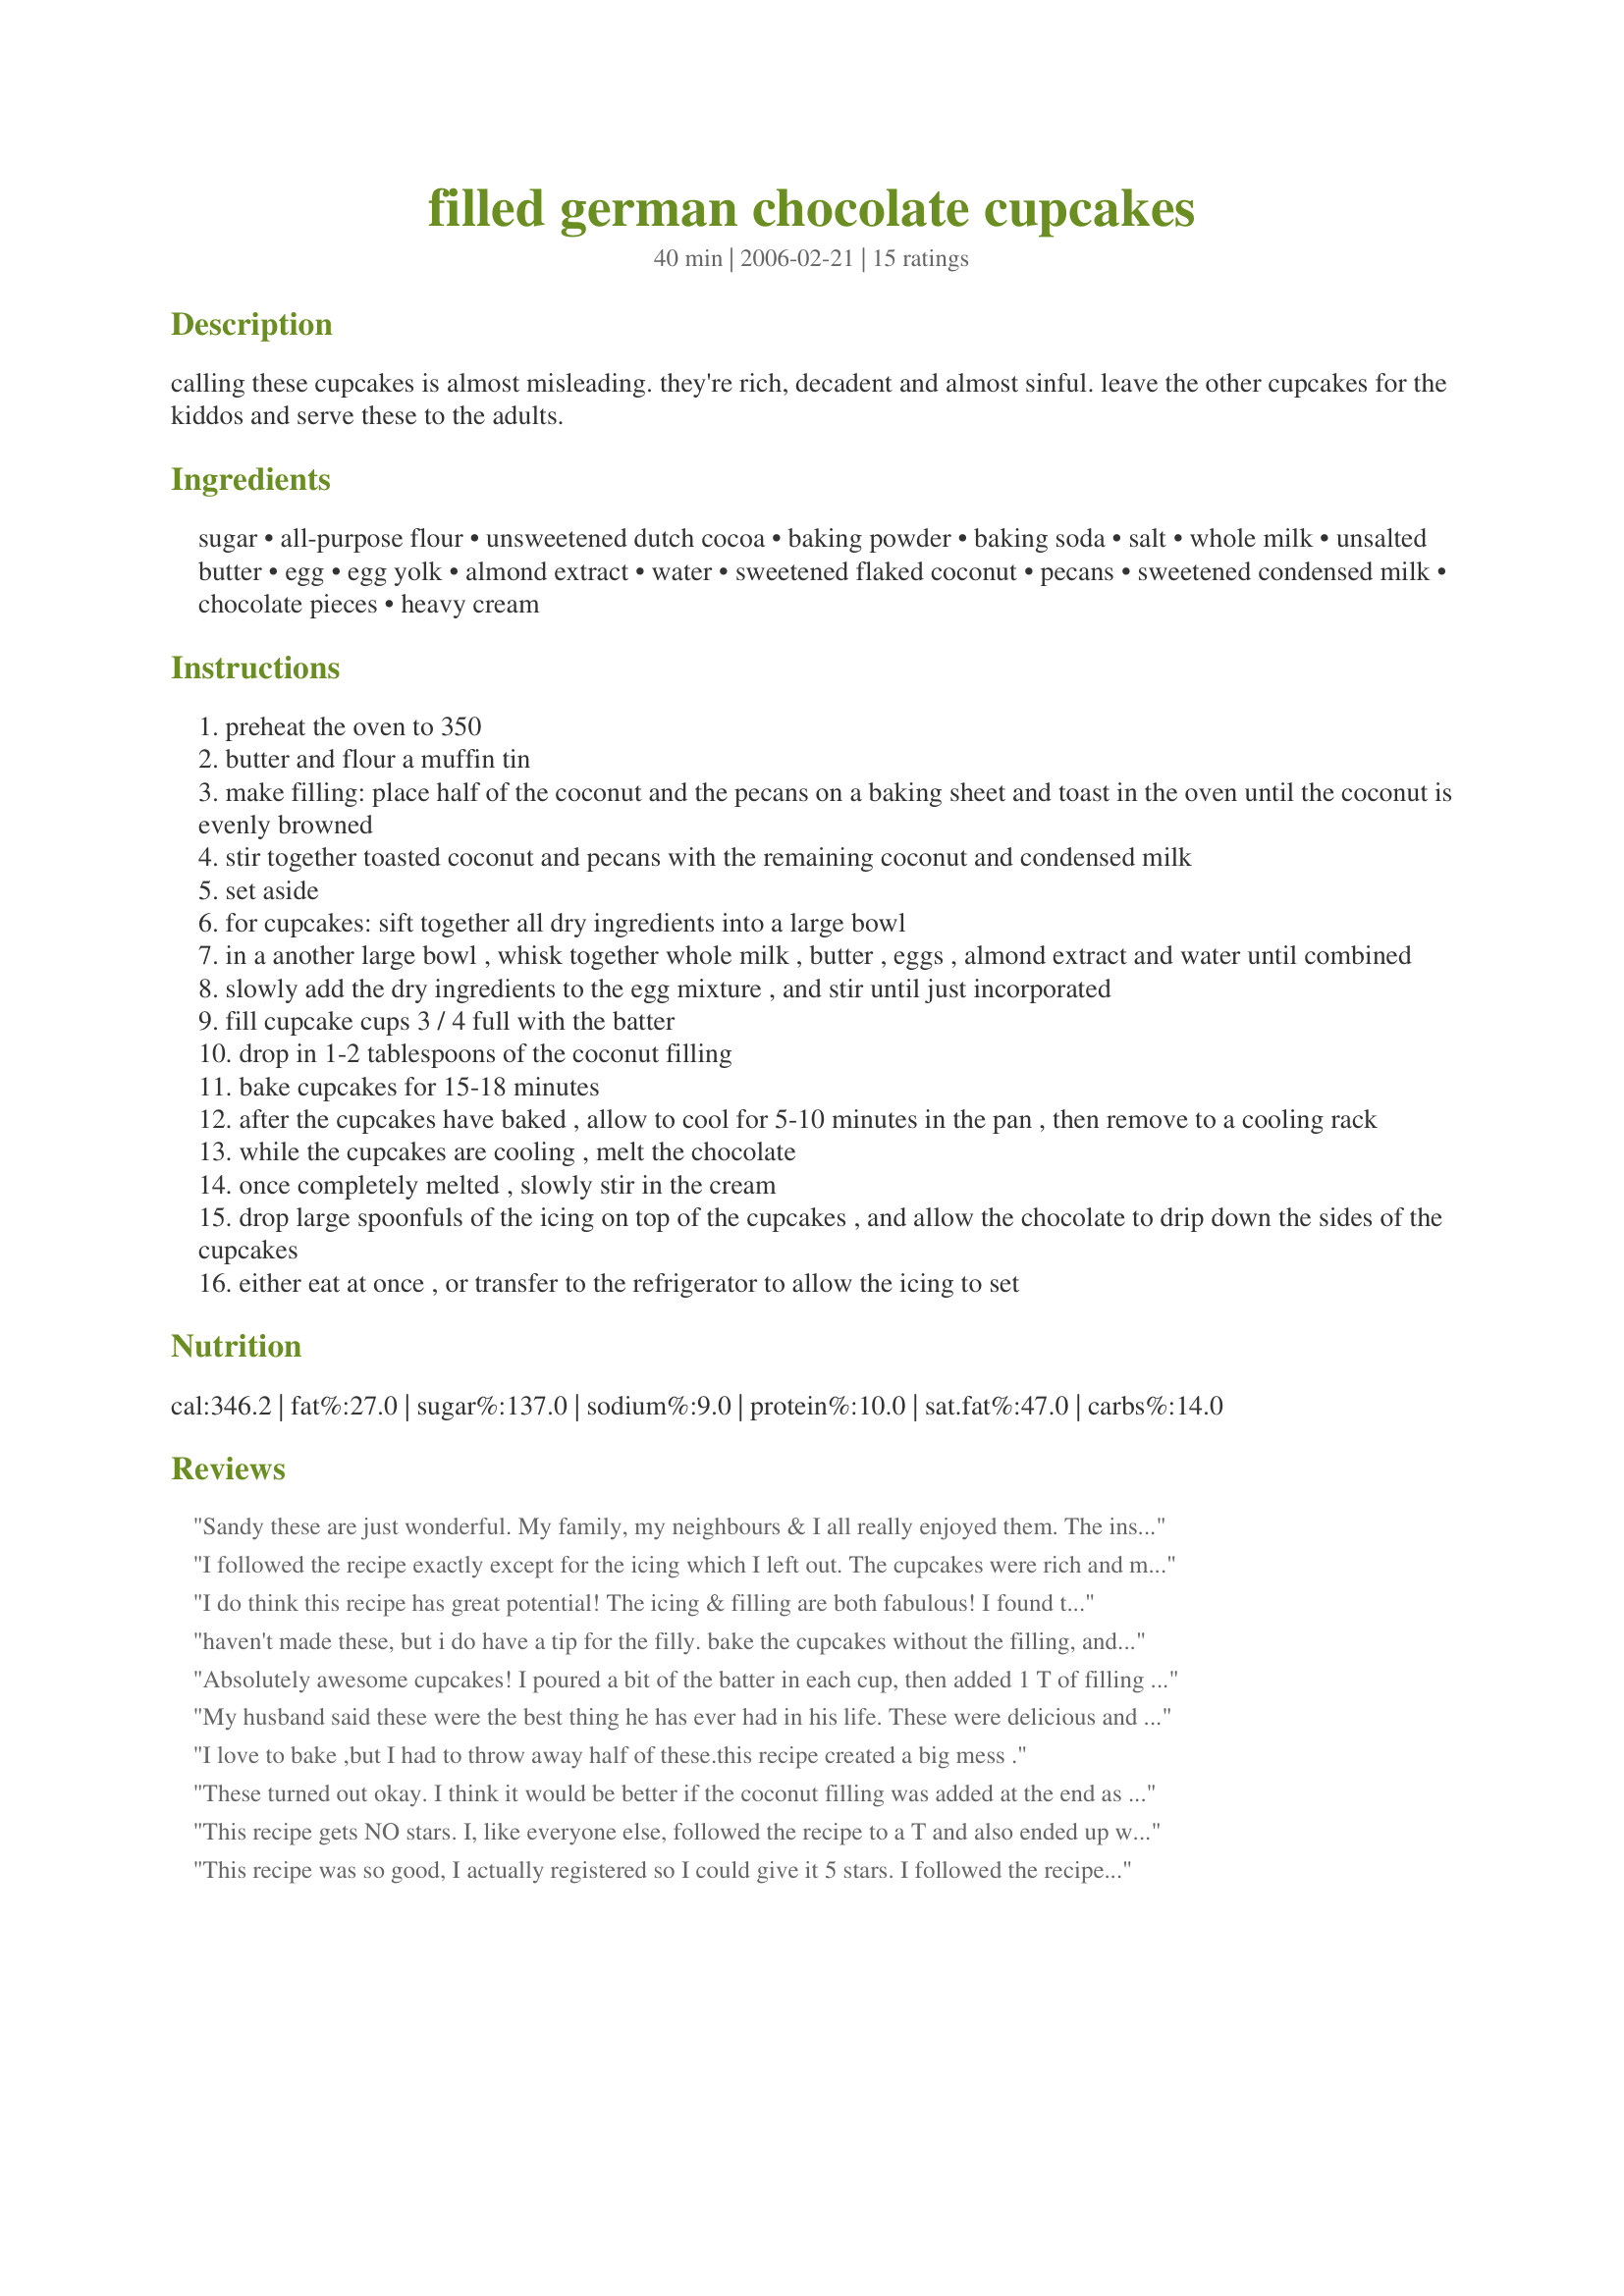
filled german chocolate cupcakes
Preparation time: 40 minutes

calling these cupcakes is almost misleading. they're rich, decadent and almost sinful. leave the other cupcakes for the kiddos and serve these to the adults.

Ingredients:
sugar, all-purpose flour, unsweetened dutch cocoa, baking powder, baking soda, salt, whole milk, unsalted butter, egg, egg yolk, almond extract, water, sweetened flaked coconut, pecans, sweetened condensed milk, chocolate pieces, heavy cream

Steps:
preheat the oven to 350
butter and flour a muffin tin
make filling: place half of the coconut and the pecans on a baking sheet and toast in the oven until the coconut is evenly browned
stir together toasted coconut and pecans with the remaining coconut and condensed milk
set aside
for cupcakes: sift together all dry ingredients into a large bowl
in a another large bowl , whisk together whole milk , butter , eggs , almond extract and water until combined
slowly add the dry ingredients to the egg mixture , and stir until just incorporated
fill cupcake cups 3 / 4 full with the batter
drop in 1-2 tablespoons of the coconut filling
bake cupcakes for 15-18 minutes
after the cupcakes have baked , allow to cool for 5-10 minutes in the pan , then remove to a cooling rack
while the cupcakes are cooling , melt the chocolate
once completely melted , slowly stir in the cream
drop large spoonfuls of the icing on top of the cupcakes , and allow the chocolate to drip down the sides of the cupcakes
either eat at once , or transfer to the refrigerator to allow the icing to set

Reviews:
Sandy these are just wonderful. My family, my neighbours & I all really enjoyed them. The instructions were clear and easy to follow. The batter was a little thin and I was concerned but the result was a perfect tasty little gem. My dh doesn't eat nuts so I subed with chocolate chips, it worked really well. Thank you so much for sharing.
I followed the recipe exactly except for the icing which I left out. The cupcakes were rich and moist and tasty enough that I felt they didn't need the icing, although I'm sure that would have put them over the top. 

The only drawback was that I had about half of the filling left over. Also, part of the filling was left sticking out of the cake when it was baked - I thought it sink into the dough but it didn't. So next time I will put in half the cake dough, then the filling, then the other half of the cake dough on top of the filling.

Thanks for a very tasty recipe.
I do think this recipe has great potential! The icing & filling are both fabulous! I found the cake to be a little coarse, though. And, the filling sunk to the bottom & made them stick to the cupcake papers. I'm not quite sure what the solution would be to get the filling to stay "centred" in the cupcake.
haven't made these, but i do have a tip for the filly. bake the cupcakes without the filling, and add the filling after they bake. you can use a melon-baller to get a little well inside the cupcake, and use a baggie or piping bag to the the filling inside, then replace a bit of the top of the cupcake. once you frost it, you won't be able to tell there was a hole. i guess maybe the filling needs to be cooked, too. but maybe you could do that on the stove top, or come up with a different filling. these look good though! can't wait to try them.
Absolutely awesome cupcakes! I poured a bit of the batter in each cup, then added 1 T of filling before adding more batter. Iced them while warm, then topped each cupcake with another tablespoon of the wonderful filling. I was able to find some art-deco brown & white cupcake liners, and the plate of these cupcakes was pretty enough to be a centerpiece. Warning: The batter is runny, but I had no problem with it solidifying during baking. No runny issues as mentioned in another review. Be sure to wipe any drops of batter from cupcake pan before baking, b/c the batter does burn easily on the pan. Keeper recipe, thank you!
My husband said these were the best thing he has ever had in his life. These were delicious and easy. I followed the directions to a T and yes, the batter was runny, but cooked up just fine. I did not use cups and when I pulled them out they kind of fell apart, but that didn't really matter. After I iced them, I used the left over filling to spinkle on top and also sprinkled extra pecans. I actually took a photo, but can't upload it bc I am not a premium member, you can see it here on my flickr - flickr.com/photos/kelliehatcher/4276041486/ They were absolutely wonderful and amazing and several friends have already asked for the recipe.
I love to bake ,but I had to throw away half of these.this recipe created a big mess .
These turned out okay. I think it would be better if the coconut filling was added at the end as part of the icing. I&#039;d alos love to puree the pecans a bit more the next time I do it or incorporate some caramel flavours. Still really tasty though, just a little difficult to eat because all the sticky coconut-pecan filling sunk to the bottom for me.
This recipe gets NO stars. I, like everyone else, followed the recipe to a T and also ended up with completely thinned out liquidy batter (if you can call it batter). I thought it might bake up and I now have a house that smells like burned liquid "batter" even though the timer hadn't even gone off yet, it had bubbled up onto the muffin tin and burned. Yay. The one plus is the filling, I've got to figure out somewhere else to use it, glad I had some leftover. DOn't waste your time with these cupcakes...there must be a typo in the recipe somewhere.
This recipe was so good, I actually registered so I could give it 5 stars. I followed the recipe very, very closely and benefited a lot from the reviews. Instead of the all-purpose flour, I made a gluten-free substition which worked out well. I also used cup-cake liners to good effect; I did have quite a bit of filling left over and followed the suggestion of one of the reviewers and used it to place on top of the chocolate icing (which was FABULOUS, btw). The filling stayed right in the center. The cake batter was very thin as previously noted. Since I made these gluten-free, I added another 1/2 cup of the gluten-free flour to firm up the batter just a bit. A big thank you to Sandy and to those who took the time to offer suggestions. I'll be making these again and again!
I would give this more than 5 stars if I could. I made these for a bake sale and was a little leery because I had not made this before. I followed the directions exactly and ended up with the best cupcake I have ever made. I did have to let them sit in the cupcake tins a little longer than 10 minutes, the first two I tried to take out stuck a little, and darn it all, I had to leave them at home. My hubby ate them and said 5 stars. My boss also said 5 stars. Make these cupcakes, you won't be disappointed!
Probably the best german chocolate anything that I have ever had. Also, I think I have the solution to some of the runny-ness problems that some people encountered. I baked most of mine in regular sturdy cupcake trays and about 6 in one of those aluminum throw away cupcake tins. The ones in the aluminum tin were runnier (still delicious) and did not pop out of the tin cleanly and beautifully like the others did.<br/>So - dont use aluminum and that should solve the runniness problem. At least it did for me. My non-aluminum cupcakes from this recipe were perfect and AMAZING. Thank you!
This recipe produced the moistest, most tender chocolate cake I have ever had. It was simply delicious! Truly "simply" because the recipe could not have been easier to follow. While the batter was very runny, a fool-proof way to get it in the tins without getting the batter everywhere is by using an ice cream scoop to "scoop" the batter into cupcake liners. I had minimal mess and a whole bunch of delicious cupcakes to show off to my family and friends. All were quite impressed, and I will definitely use this recipe again and again.<br/><br/>Thanks a bunch!
I followed the recipe exactly to the T and it was very watery, like thinned out chocolate milk. Was that the way it was supposed to come out? I am going to bake up three cupcakes and see if they bake up like they should, (don't want to waste baking cups, or filling) never had a recipe for a cake to come out watery before I am a career baker, If they bake up I will leave another review. side note I would cut the amount of filling to 1 tablespoon not 2.
I read some of the reviews, and yes the batter is runny. But that helped the cupcakes stay moist and they baked up fine. I also let them sit longer in the pan. Don't push the filling down, as it will cause it to sink to the bottom, causing them to fall apart. <br/>I took them to work and everyone raved!
